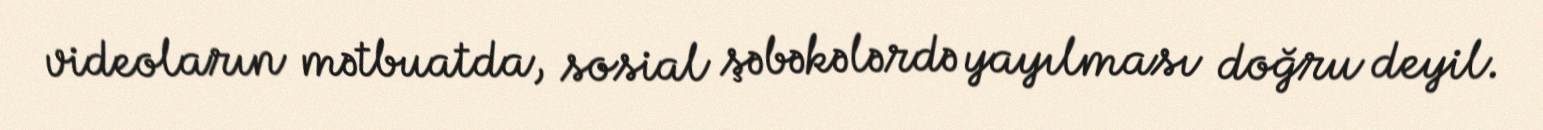
videoların mətbuatda, sosial şəbəkələrdə yayılması doğru deyil.